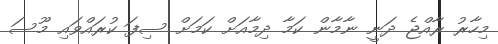
މިހާރު ރާއްޖެ ދަނީ ނާމާން ކަމާ ދިމާއަށް ކަމަށް ސިފަ ކުރައްވައި މޫސަ